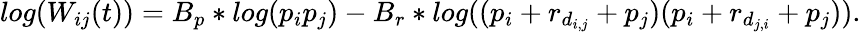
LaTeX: log(W_{ij}(t))=B_{p}*log(p_{i}p_{j})-B_{r}*log((p_{i}+r_{d_{i,j}}+p_{j})(p_{i}+r_{d_{j,i}}+p_{j})).